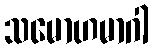
သမောဟမာဂါ